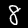
Label: 8